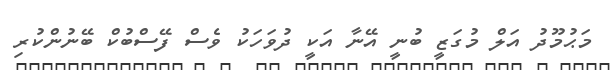
މަޙުމޫދު އަލް މުގަޒީ ބުނީ އޭނާ އަކީ ދުވަހަކު ވެސް ފޭސްބުކް ބޭނުންކުރި